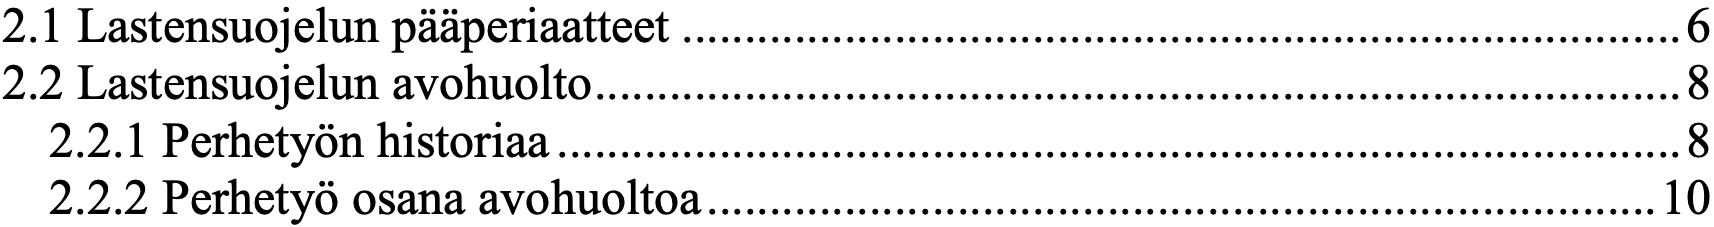
2.1 Lastensuojelun pääperiaatteet ................................................................................ 6 2.2 Lastensuojelun avohuolto ....................................................................................... 8 2.2.1 Perhetyön historiaa .......................................................................................... 8 2.2.2 Perhetyö osana avohuoltoa ............................................................................ 10